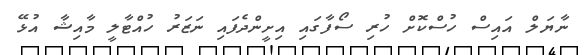
ނާޔަލް އައިސް ހުސްކޮށް ހުރި ސޯފާގައި އިށީންދެފައި ނަޒަރު ހުއްޓާލީ މާއިޝާ އުޅޭ